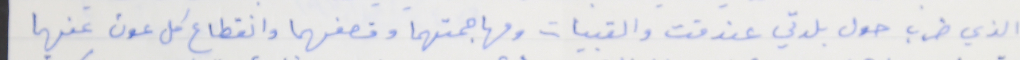
الذي ضرب حول بلدتي عندقت والقبيات ومهاجمتهما وقصفهما وانقطاع كل عون عنهما